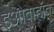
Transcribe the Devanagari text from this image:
इओवाहॉक